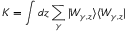
K = \int d z \sum _ { \gamma } | W _ { \gamma , z } \rangle \langle W _ { \gamma , z } |